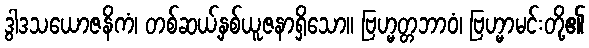
ဒွါဒသယောဇနိကံ၊ တစ်ဆယ့်နှစ်ယူဇနာရှိသော။ ဗြဟ္မတ္တဘာဝံ၊ ဗြဟ္မာမင်းတို့၏